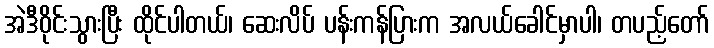
အဲဒီဝိုင်းသွားပြီး ထိုင်ပါတယ်၊ ဆေးလိပ် ပန်းကန်ပြားက အလယ်ခေါင်မှာပါ၊ တပည့်တော်